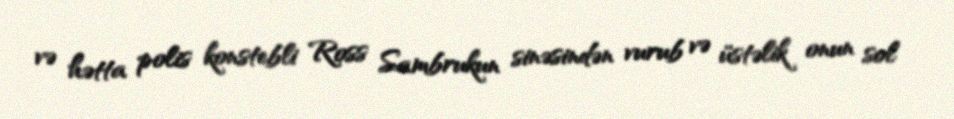
və hətta polis konstebli Ross Sambrukun sinəsindən vurub və üstəlik onun sol